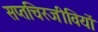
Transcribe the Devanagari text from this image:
सप्तचिरजीवियों